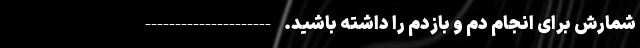
شمارش برای انجام دم و بازدم را داشته باشید. ---------------------